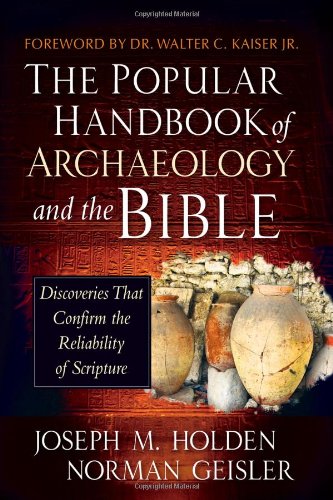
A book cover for The Popular Handbook of Archaeology and the Bible: Discoveries That Confirm the Reliability of Scripture; Joseph M. Holden; Science & Math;